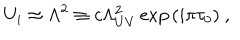
U _ { i } \approx \Lambda ^ { 2 } \equiv c \Lambda _ { U V } ^ { 2 } \exp { ( i \pi \tau _ { 0 } ) } \ ,